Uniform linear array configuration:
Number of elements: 64
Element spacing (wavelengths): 0.5
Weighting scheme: hamming
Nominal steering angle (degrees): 45
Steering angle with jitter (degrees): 46.982
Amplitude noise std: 0.05
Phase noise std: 0.05

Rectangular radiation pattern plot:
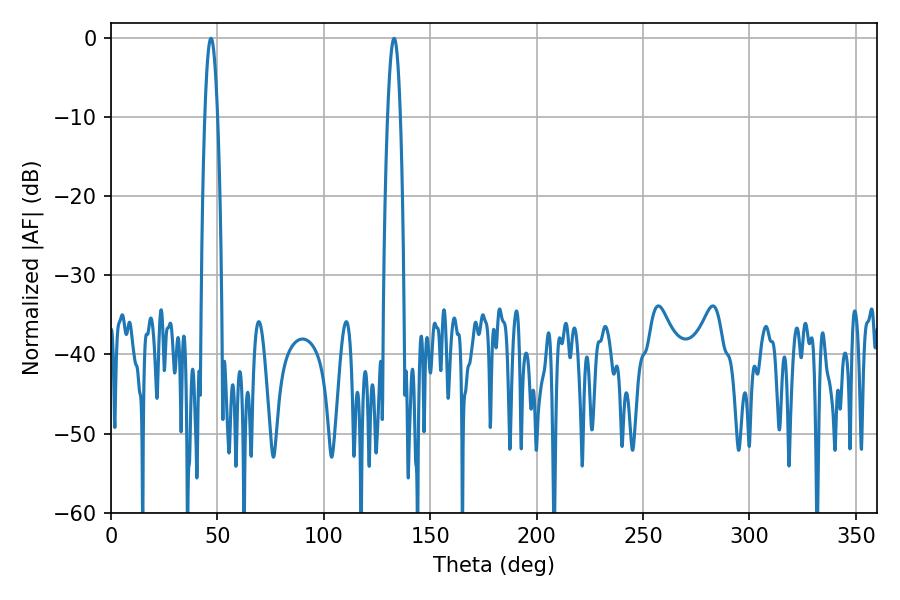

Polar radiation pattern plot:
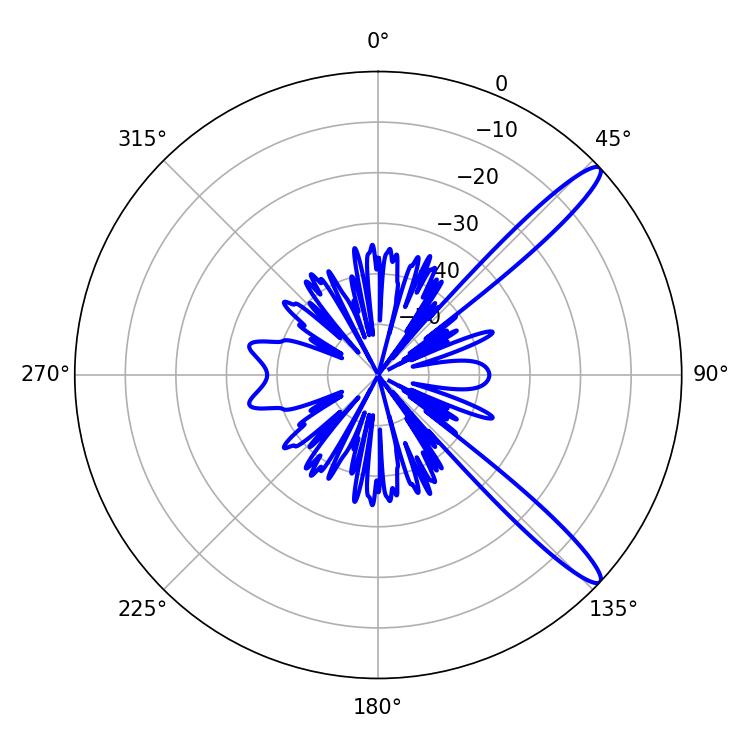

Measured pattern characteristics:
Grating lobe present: FALSE
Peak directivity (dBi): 13.382
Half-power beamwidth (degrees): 3.24
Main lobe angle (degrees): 46.98